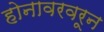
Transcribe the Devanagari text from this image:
होनावरवरून